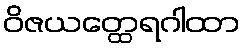
ဝိဇယတ္ထေရဂါထာ